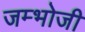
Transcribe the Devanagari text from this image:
जम्भोजी